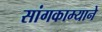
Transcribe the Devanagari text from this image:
सांगकाम्याने